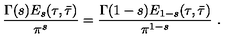
\frac { \Gamma ( s ) E _ { s } ( \tau , \bar { \tau } ) } { \pi ^ { s } } = \frac { \Gamma ( 1 - s ) E _ { 1 - s } ( \tau , \bar { \tau } ) } { \pi ^ { 1 - s } } \ .